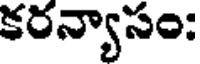
కరన్యాసం: